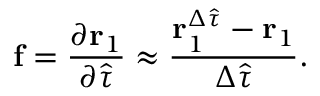
\mathbf { f } = \frac { \partial \mathbf { r } _ { 1 } } { \partial \hat { \tau } } \approx \frac { \mathbf { r } _ { 1 } ^ { \Delta \hat { \tau } } - \mathbf { r } _ { 1 } } { \Delta \hat { \tau } } .